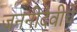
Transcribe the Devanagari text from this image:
जननीदेवीचे